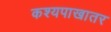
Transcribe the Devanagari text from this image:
कश्यपाखातर